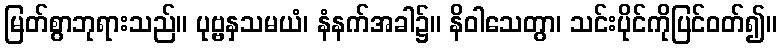
မြတ်စွာဘုရားသည်။ ပုဗ္ဗနှသမယံ၊ နံနက်အခါ၌။ နိဝါသေတွာ၊ သင်းပိုင်ကိုပြင်ဝတ်၍။